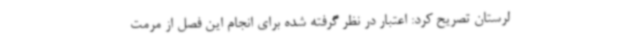
لرستان تصریح کرد: اعتبار در نظر گرفته شده برای انجام این فصل از مرمت